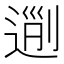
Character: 𨔜